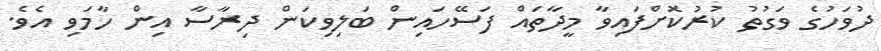
ދުވަހުގެ ވަގުތު ކުރުކޮށްފައިވާ މީދާތައް ފަސޭހައިން ބަލިވިކަން ދިރާސާ އިން ހާމަވި އެވެ.